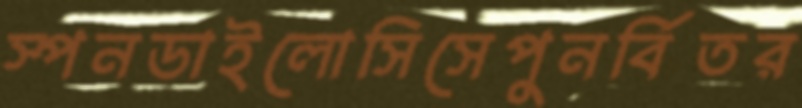
স্পনডাইলোসিসেপুনর্বিতর